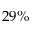
2 9 \%